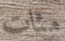
مئات